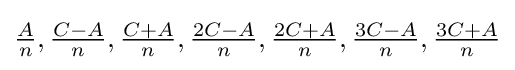
{\tfrac {A}{n}},{\tfrac {C-A}{n}},{\tfrac {C+A}{n}},{\tfrac {2C-A}{n}},{\tfrac {2C+A}{n}},{\tfrac {3C-A}{n}},{\tfrac {3C+A}{n}}